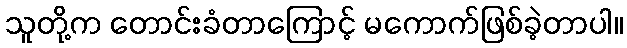
သူတို့က တောင်းခံတာကြောင့် မကောက်ဖြစ်ခဲ့တာပါ။